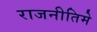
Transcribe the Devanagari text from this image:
राजनीतिमे